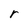
Character: r